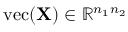
\mathrm { v e c } ( \mathbf { X } ) \in \mathbb { R } ^ { n _ { 1 } n _ { 2 } }